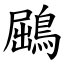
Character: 鶌